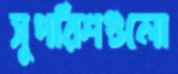
সুপরিশগুলো